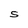
Character: S